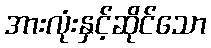
အားလုံးနှင့်ဆိုင်သော